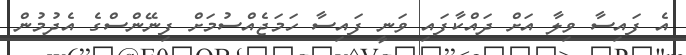
އެ ފައިސާ ވިލާ އަށް ދައްކާފައި ވަނީ ފައިސާ ހަމަޖެއްސުމަށް ފިނޭންސްގެ އެދުމުން